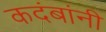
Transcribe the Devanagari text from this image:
कदंबांनी